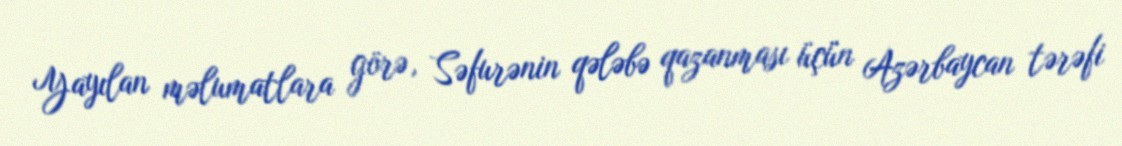
Yayılan məlumatlara görə, Səfurənin qələbə qazanması üçün Azərbaycan tərəfi